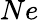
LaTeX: Ne